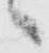
へ